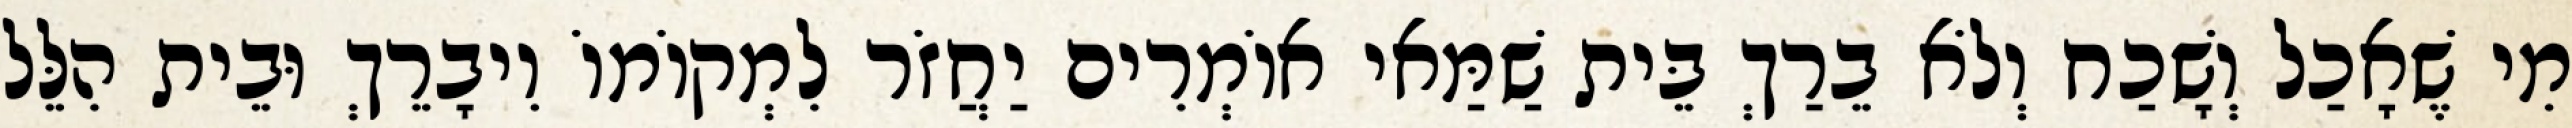
מִי שֶׁאָכַל וְשָׁכַח וְלֹא בֵרַךְ בֵּית שַׁמַּאי אוֹמְרִים יַחֲזֹר לִמְקוֹמוֹ וִיבָרֵךְ וּבֵית הִלֵּל